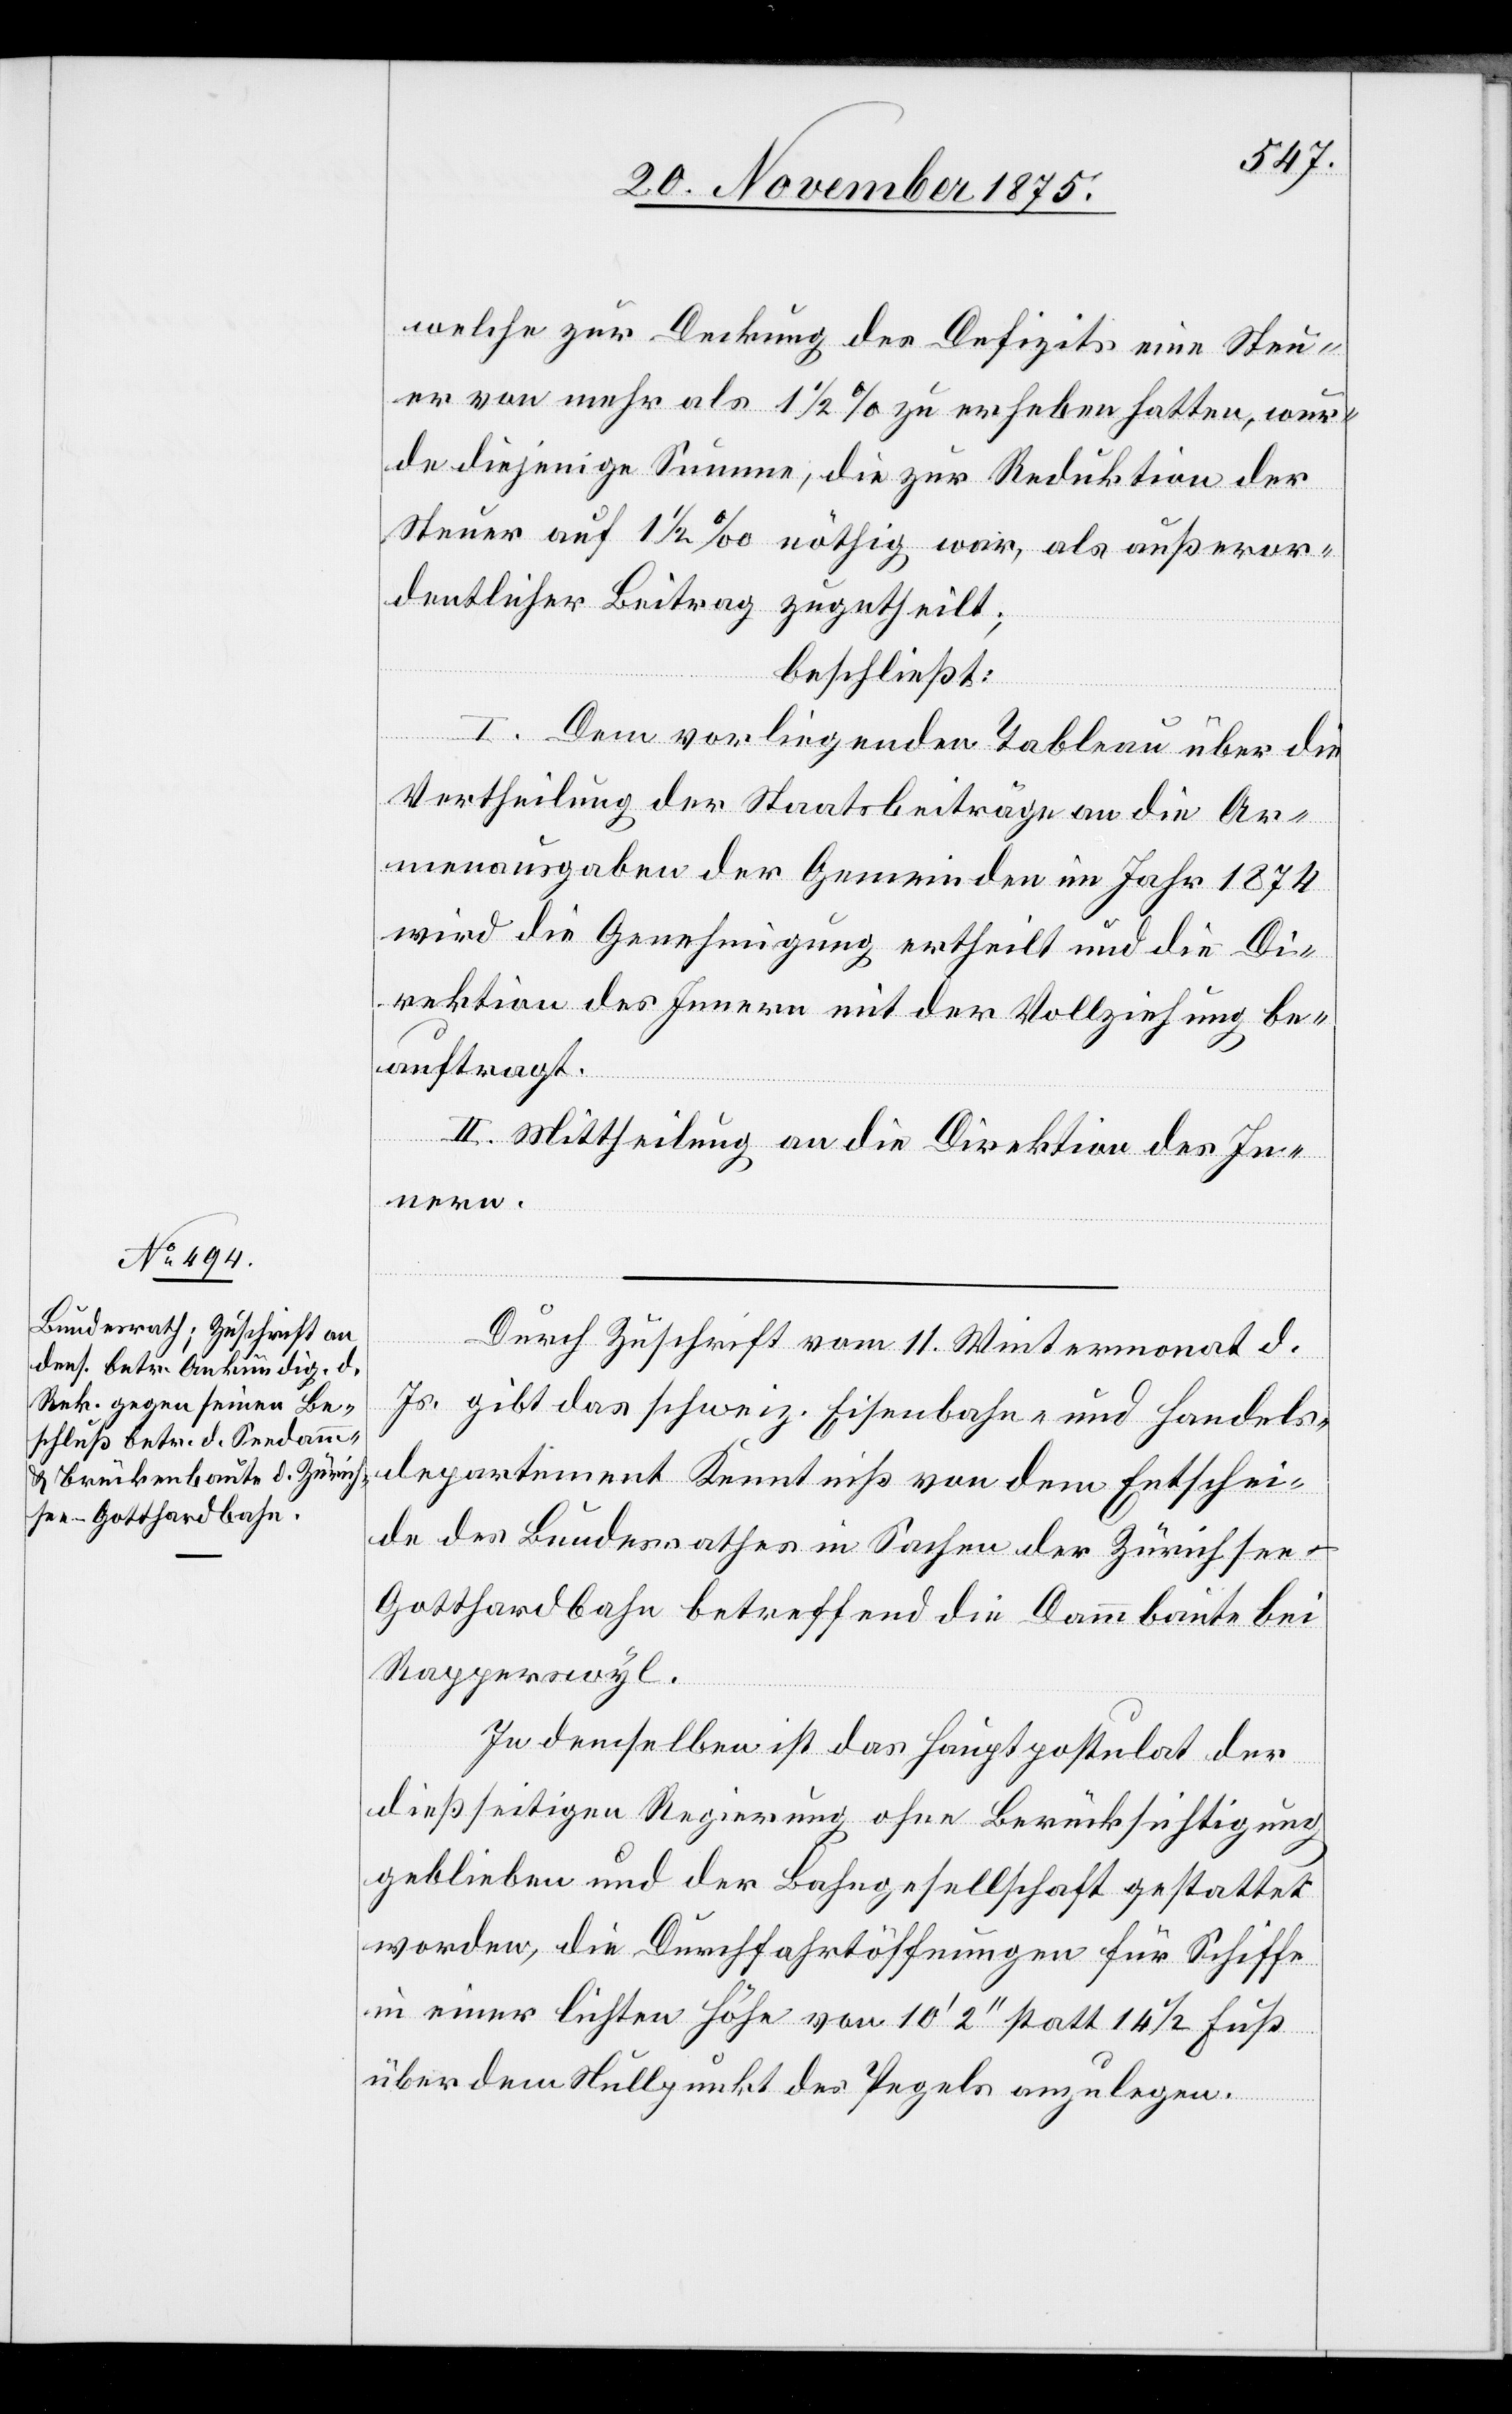
welche zur Deckung des Defizits eine Steu¬
er von mehr als 1 1/2% zu erheben hatten, wur¬
de diejenige Summe, die zur Reduktion der
Steuer auf 1 1/2‰ nöthig war, als außeror¬
dentlicher Beitrag zugetheilt;
beschließt:
I. Dem vorliegenden Tableau über die
Vertheilung der Staatsbeiträge an die Ar¬
menausgaben der Gemeinden im Jahr 1874
wird die Genehmigung ertheilt und die Di¬
rektion des Innern mit der Vollziehung be¬
auftragt.
II. Mittheilung an die Direktion des In¬
nern.
Durch Zuschrift vom 11. Wintermonat d.
Js. gibt das schweiz. Eisenbahn- und Handels¬
departement Kenntniß von dem Entschei¬
de des Bundesrathes in Sachen der Zürichse¬
e–Gotthardbahn betreffend die Dammbaute bei
Rapperswyl.
In demselben ist das Hauptpostulat der
dießseitigen Regierung ohne Berücksichtigung
geblieben und der Bahngesellschaft gestattet
worden, die Durchfahrtöffnungen für Schiffe
in einer lichten Höhe von 10‘ 2‘‘ statt 14 1/2 Fuß
über dem Nullpunkt des Pegels anzulegen.